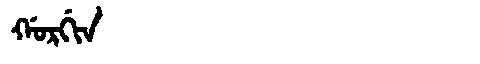
Manchu: ᡤᠣᡵᡤᡳᠨ
Romanization: GORGIN